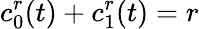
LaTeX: c_{0}^{r}(t)+c_{1}^{r}(t)=r